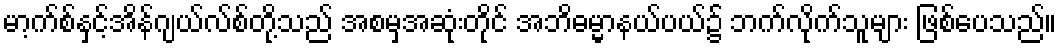
မာ့က်စ်နှင့်အိန်ဂျယ်လ်စ်တို့သည် အစမှအဆုံးတိုင် အဘိဓမ္မာနယ်ပယ်၌ ဘက်လိုက်သူများ ဖြစ်ပေသည်။